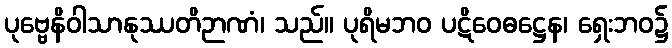
ပုဗ္ဗေနိဝါသာနုဿတိဉာဏံ၊ သည်။ ပုရိမဘဝ ပဋိဝေဓဋ္ဌေန၊ ရှေးဘဝ၌